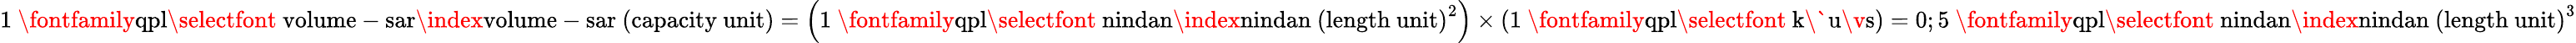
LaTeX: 1\ \mathrm{{\fontfamily{qpl}\selectfont~volume-sar}\index{volume-sar~(capacity~unit)}}=\left(1\ \mathrm{{\fontfamily{qpl}\selectfont~nindan}\index{nindan~(length~unit)}}^{2}\right)\times\left(1\ \mathrm{{\fontfamily{qpl}\selectfont~k\` {u}\v{s}}}\right)=0;5\ \mathrm{{\fontfamily{qpl}\selectfont~nindan}\index{nindan~(length~unit)}}^{3}